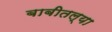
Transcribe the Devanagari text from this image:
बाबीतल्या